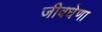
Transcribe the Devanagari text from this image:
जीवधेणा